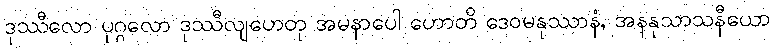
ဒုဿီလော ပုဂ္ဂလော ဒုဿီလျဟေတု အမနာပေါ ဟောတိ ဒေဝမနုဿာနံ, အနနုသာသနီယော